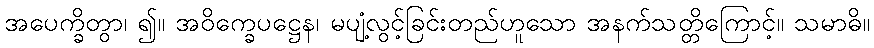
အပေက္ခိတွာ၊ ၍။ အဝိက္ခေပဋ္ဌေန၊ မပျံ့လွင့်ခြင်းတည်ဟူသော အနက်သတ္တိကြောင့်။ သမာဓိ။